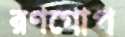
রণগোপ